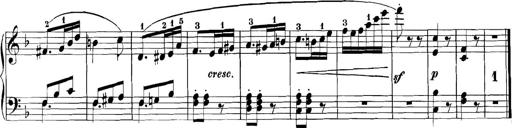
Title: 3 Sonatinas
Composer: Carl Reinecke